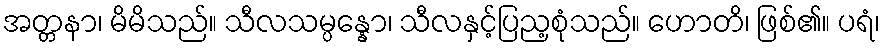
အတ္တနာ၊ မိမိသည်။ သီလသမ္ပန္နော၊ သီလနှင့်ပြည့စုံသည်။ ဟောတိ၊ ဖြစ်၏။ ပရံ၊